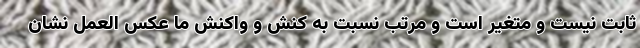
ثابت نیست و متغیر است و مرتب نسبت به کنش و واکنش ما عکس العمل نشان